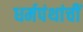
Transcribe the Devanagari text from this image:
धर्मपंथांचीं